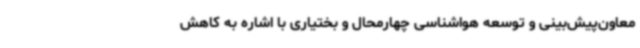
معاون‌پیش‌بینی و توسعه هواشناسی چهارمحال و بختیاری با اشاره به کاهش